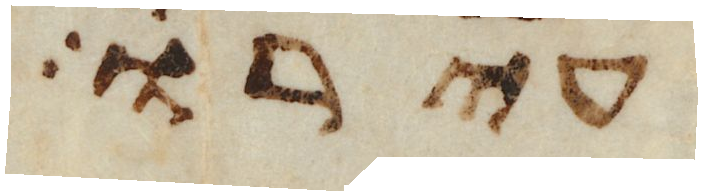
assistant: עירו